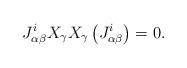
LaTeX: \begin{align*}J_{\alpha\beta}^{i}X_\gamma X_\gamma\left(J_{\alpha\beta}^{i}\right)=0.\end{align*}